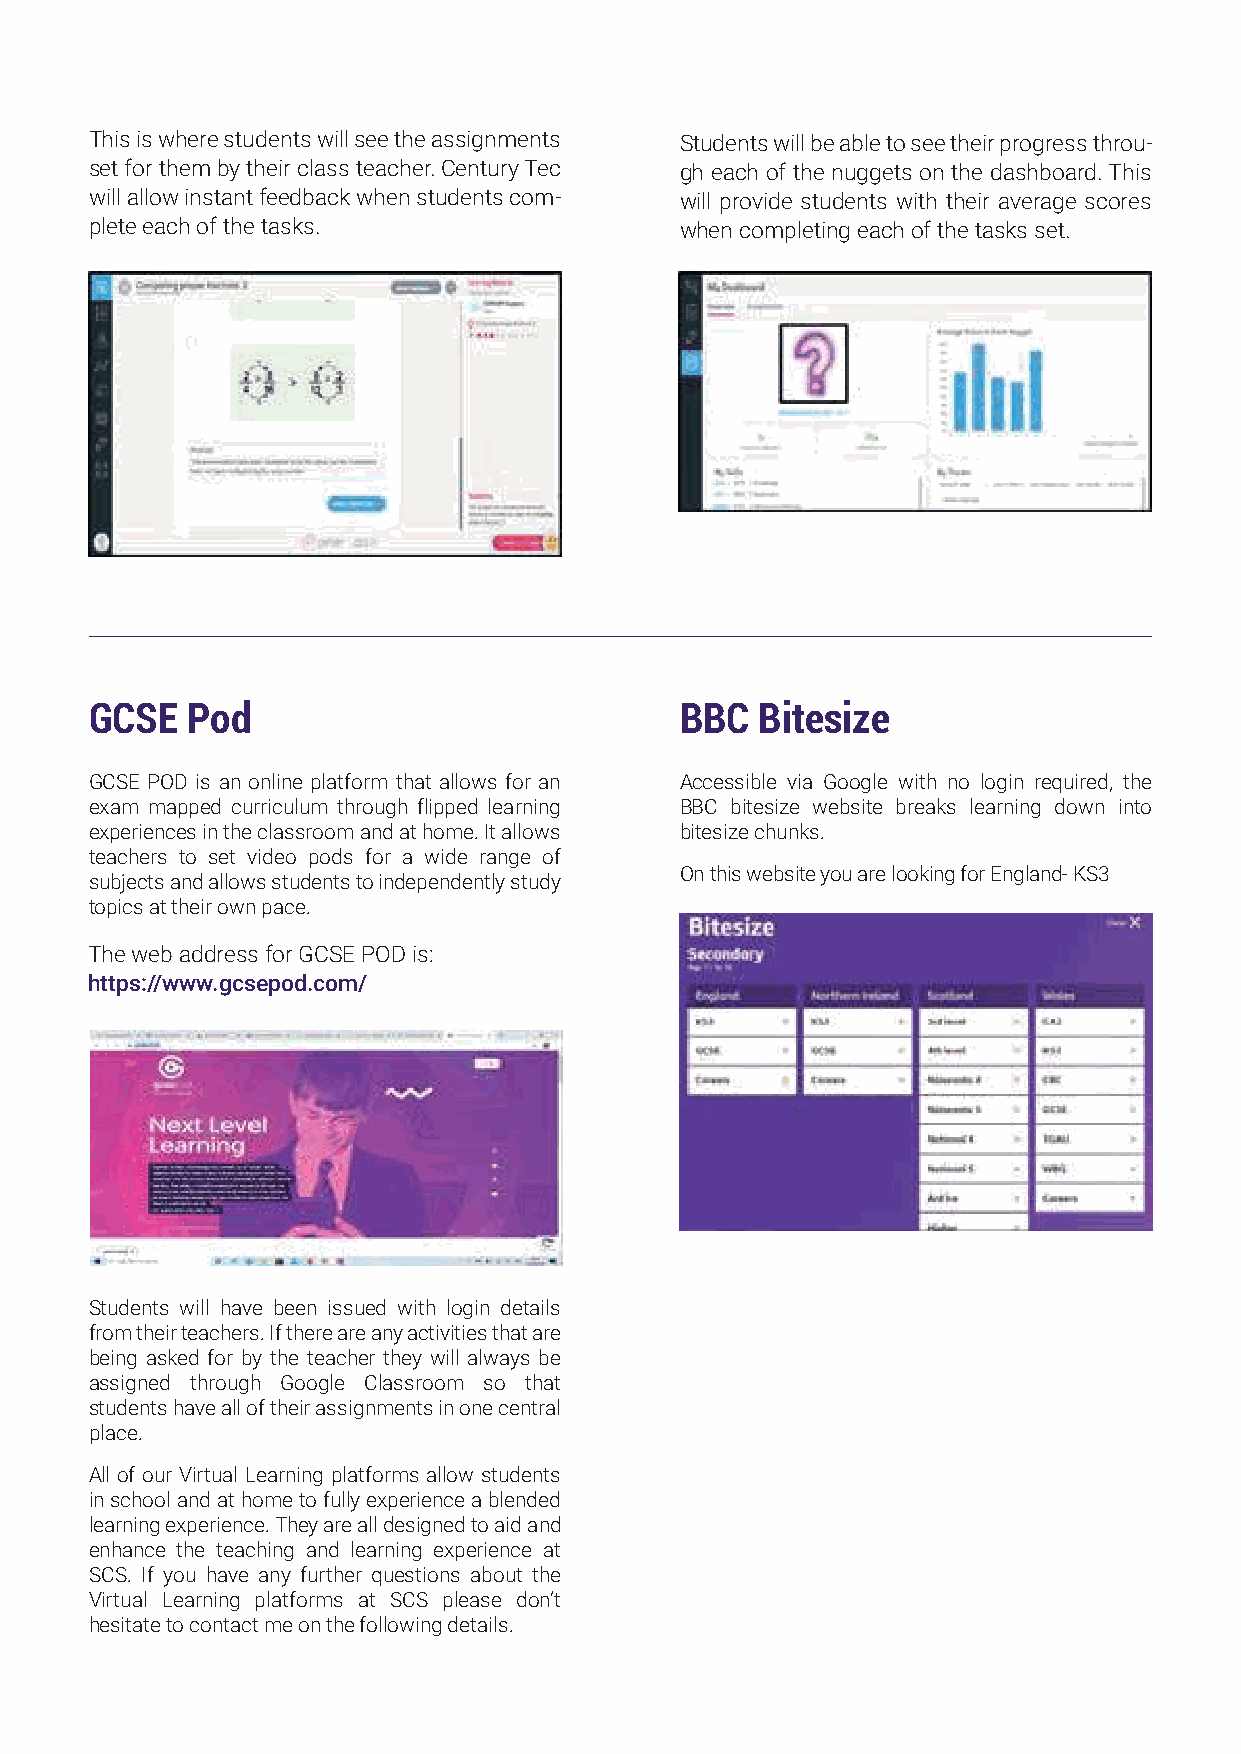
This is where students will see the assignments Students will be able to see their progress throu-
 set for them by their class teacher. Century Tec gh each of the nuggets on the dashboard. This
 will allow instant feedback when students com- will provide students with their average scores
 plete each of the tasks.               when completing each of the tasks set.
 GCSE  Pod                              BBC  Bitesize
 GCSE POD is an online platform that allows for an Accessible via Google with no login required, the
 exam mapped curriculum through flipped learning BBC bitesize website breaks learning down into
 experiences in the classroom and at home. It allows bitesize chunks.
 teachers to set video pods for a wide range of
 On this website you are looking for England- KS3
 subjects and allows students to independently study
 topics at their own pace.
 The web address for GCSE POD is:
 https://www.gcsepod.com/
 Students will have been issued with login details
 from their teachers. If there are any activities that are
 being asked for by the teacher they will always be
 assigned through Google Classroom so that
 students have all of their assignments in one central
 place.
 All of our Virtual Learning platforms allow students
 in school and at home to fully experience a blended
 learning experience. They are all designed to aid and
 enhance the teaching and learning experience at
 SCS. If you have any further questions about the
 Virtual Learning platforms at SCS please don’t
 hesitate to contact me on the following details.